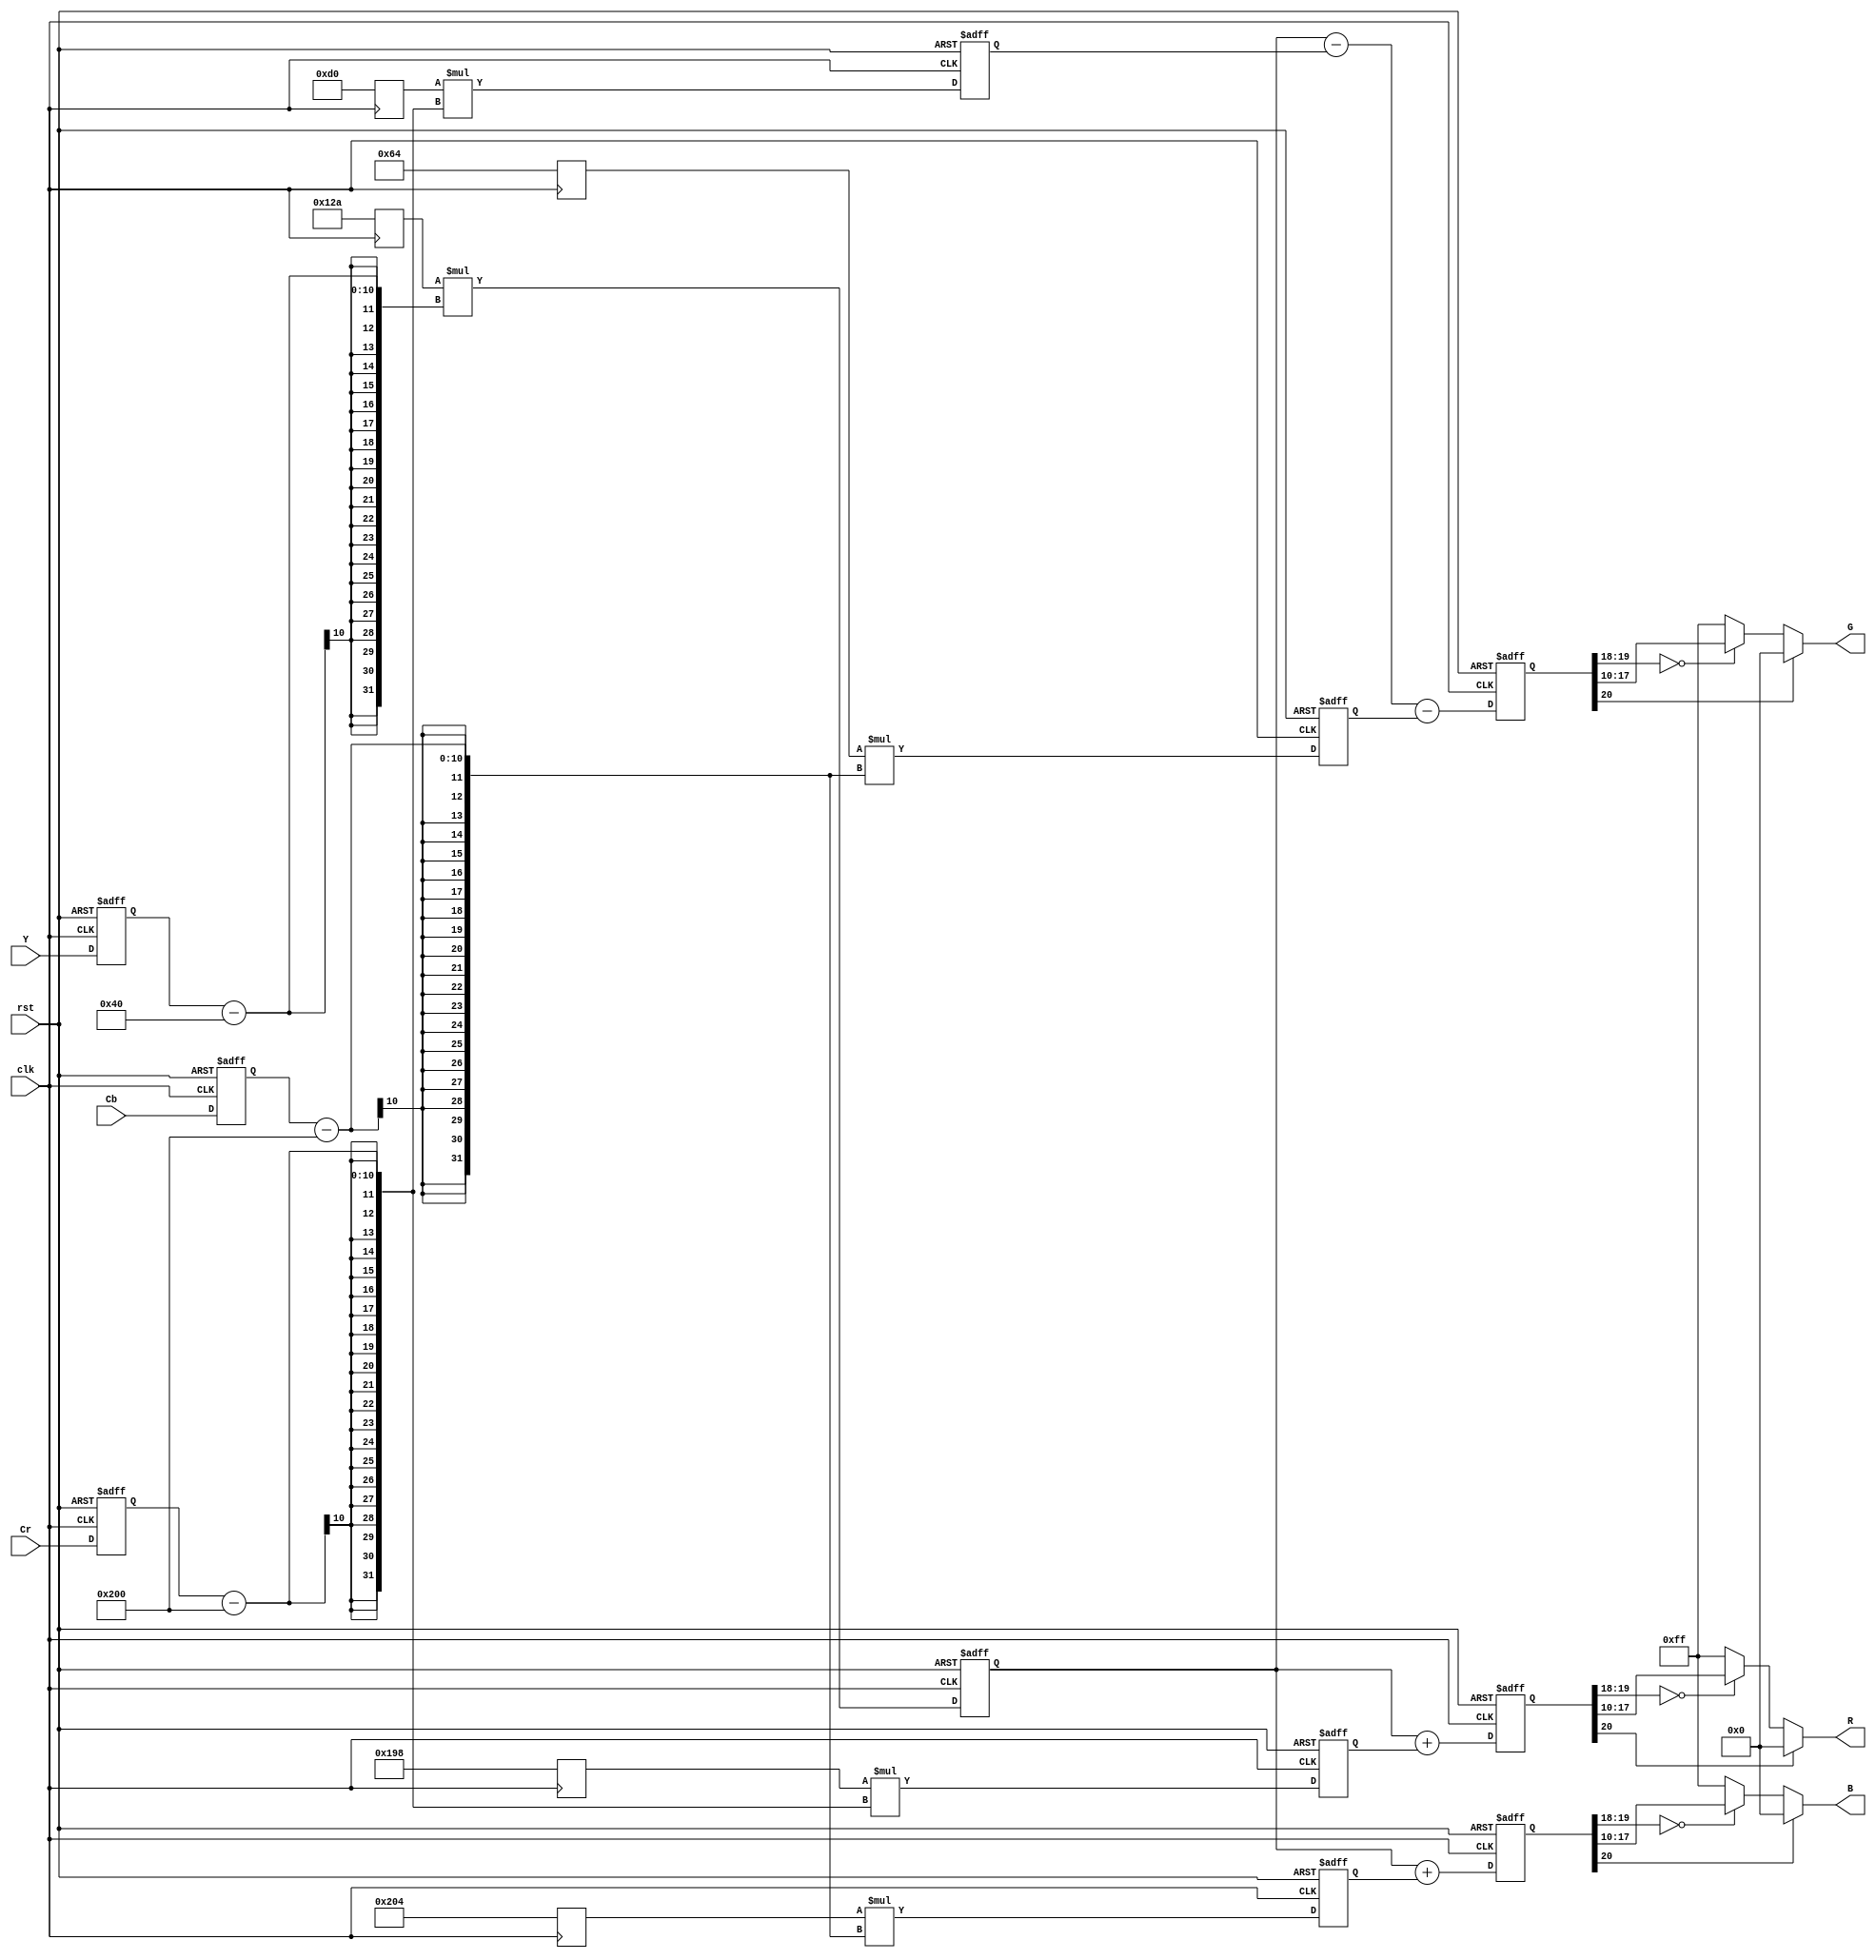
`timescale 1ns / 1ps
//////////////////////////////////////////////////////////////////////////////////
// Company: 
// Engineer: 
// 
// Design Name: 
// Module Name:    ycrcb2rgb 
// Project Name: 
// Target Devices: 
// Tool versions: 
// Description: 
//
// Dependencies: 
//
// Revision: 
// Revision 0.01 - File Created
// Additional Comments: 
//
//////////////////////////////////////////////////////////////////////////////////
module ycrcb2rgb ( R, G, B, clk, rst, Y, Cr, Cb );

output [7:0]  R, G, B;

input clk,rst;
input[9:0] Y, Cr, Cb;

wire [7:0] R,G,B;
reg [20:0] R_int,G_int,B_int,X_int,A_int,B1_int,B2_int,C_int; 
reg [9:0] const1,const2,const3,const4,const5;
reg[9:0] Y_reg, Cr_reg, Cb_reg;
 
//registering constants
always @ (posedge clk)
begin
 const1 = 10'b 0100101010; //1.164 = 01.00101010
 const2 = 10'b 0110011000; //1.596 = 01.10011000
 const3 = 10'b 0011010000; //0.813 = 00.11010000
 const4 = 10'b 0001100100; //0.392 = 00.01100100
 const5 = 10'b 1000000100; //2.017 = 10.00000100
end

always @ (posedge clk or posedge rst)
   if (rst)
      begin
      Y_reg <= 0; Cr_reg <= 0; Cb_reg <= 0;
      end
   else  
      begin
	  Y_reg <= Y; Cr_reg <= Cr; Cb_reg <= Cb;
      end

always @ (posedge clk or posedge rst)
   if (rst)
      begin
       A_int <= 0; B1_int <= 0; B2_int <= 0; C_int <= 0; X_int <= 0;
      end
   else  
     begin
     X_int <= (const1 * (Y_reg - 'd64)) ;
     A_int <= (const2 * (Cr_reg - 'd512));
     B1_int <= (const3 * (Cr_reg - 'd512));
     B2_int <= (const4 * (Cb_reg - 'd512));
     C_int <= (const5 * (Cb_reg - 'd512));
     end

always @ (posedge clk or posedge rst)
   if (rst)
      begin
       R_int <= 0; G_int <= 0; B_int <= 0;
      end
   else  
     begin
     R_int <= X_int + A_int;  
     G_int <= X_int - B1_int - B2_int; 
     B_int <= X_int + C_int; 
     end
	 


/*always @ (posedge clk or posedge rst)
   if (rst)
      begin
       R_int <= 0; G_int <= 0; B_int <= 0;
      end
   else  
     begin
     X_int <= (const1 * (Y_reg - 'd64)) ;
     R_int <= X_int + (const2 * (Cr_reg - 'd512));  
     G_int <= X_int - (const3 * (Cr_reg - 'd512)) - (const4 * (Cb_reg - 'd512)); 
     B_int <= X_int + (const5 * (Cb_reg - 'd512)); 
     end

*/
/* limit output to 0 - 4095, <0 equals o and >4095 equals 4095 */
assign R = (R_int[20]) ? 0 : (R_int[19:18] == 2'b0) ? R_int[17:10] : 8'b11111111;
assign G = (G_int[20]) ? 0 : (G_int[19:18] == 2'b0) ? G_int[17:10] : 8'b11111111;
assign B = (B_int[20]) ? 0 : (B_int[19:18] == 2'b0) ? B_int[17:10] : 8'b11111111;

endmodule